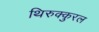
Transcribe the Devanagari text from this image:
थिरुक्कुरल